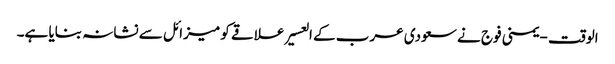
الوقت - یمنی فوج نے سعودی عرب کے العسیر علاقے کو میزائل سے نشانہ بنایا ہے۔